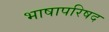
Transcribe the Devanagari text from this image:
भाषापरिषद